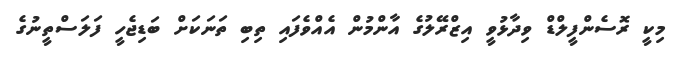
މިކީ ރޮސެންފީލްޑް ވިދާޅުވީ އިޒްރޭލުގެ އާންމުން އެއްވެފައި ތިބި ތަނަކަށް ބަޑިޖެހީ ފަލަސްތީނުގެ